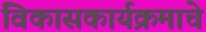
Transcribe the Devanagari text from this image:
विकासकार्यक्रमाचे